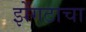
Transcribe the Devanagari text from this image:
झेंगटाचा